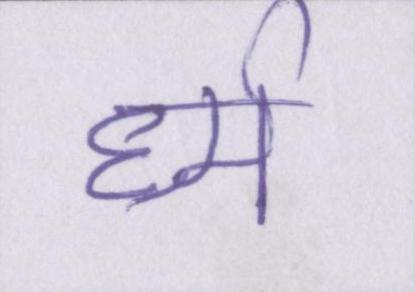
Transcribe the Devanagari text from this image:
र्ध्म